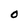
Character: O